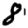
Digit: 8